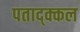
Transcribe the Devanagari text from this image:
पताद्क्कल